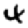
Digit: 4